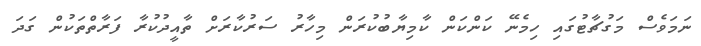
ނަމަވެސް މަގުޗާޓުގައި ހިމެނޭ ކަންކަން ކާމިޔާބުކުރަން މިހާރު ސަރުކާރަށް ތާއީދުކުރާ ފަރާތްތަކުން ގަދަ